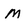
Character: M